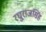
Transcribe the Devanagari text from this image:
रघुराजसिंह